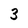
Character: 3